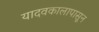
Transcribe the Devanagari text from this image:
यादवकालापासून